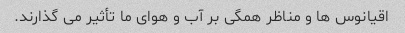
اقیانوس ها و مناظر همگی بر آب و هوای ما تأثیر می گذارند.